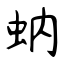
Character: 蚋